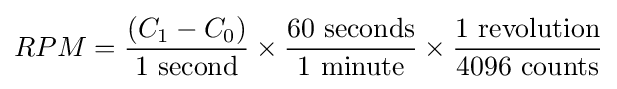
RPM={\frac {(C_{1}-C_{0})}{\text{1 second}}}\times {\frac {\text{60 seconds}}{\text{1 minute}}}\times {\frac {\text{1 revolution}}{\text{4096 counts}}}